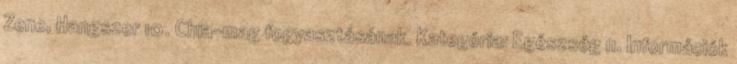
Zene, Hangszer 10. Chia-mag fogyasztásának. Kategória: Egészség 11. Információk